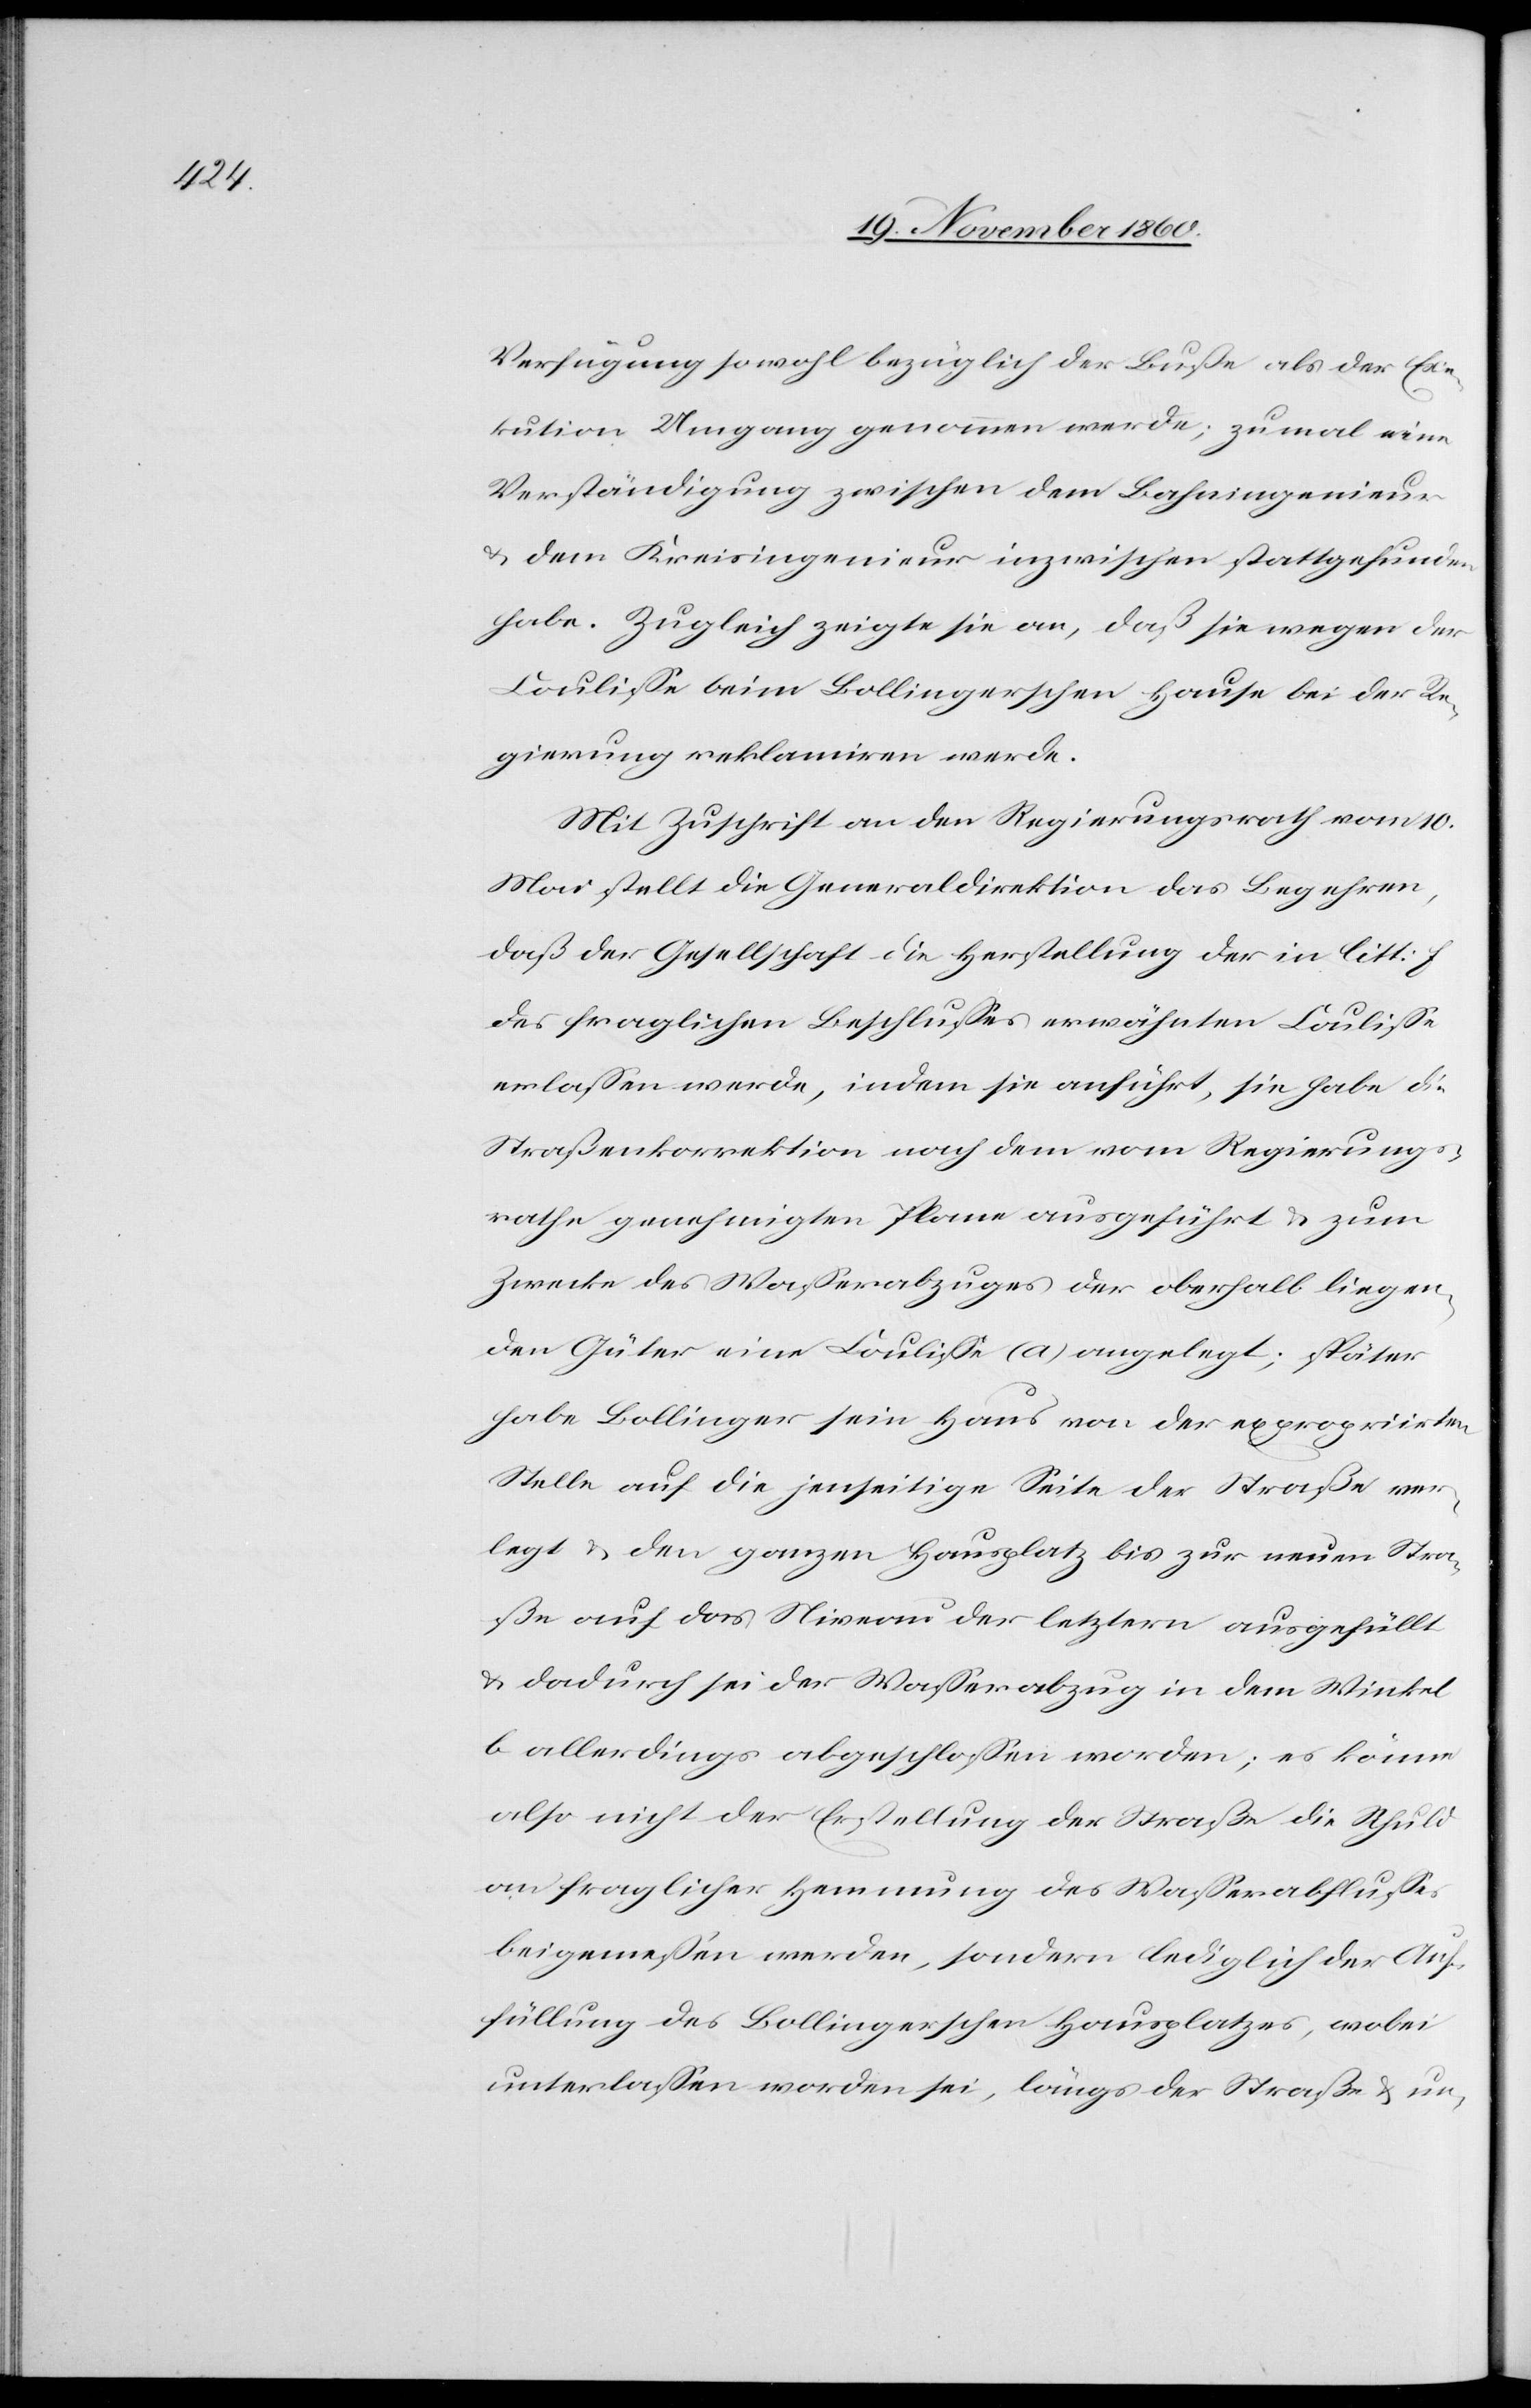
Verfügung sowohl bezüglich der Buße als der Exe¬
kution Umgang genommen werde, zumal eine
Verständigung zuwischen dem Bahningenieur
u. dem Kreisingenieur inzwischen stattgefunden
habe. Zugleich zeigte sie an, daß sie wegen der
Coulisse beim Bollingerschen Hause bei der Re¬
gierung reklamiren werde.
Mit Zuschrift an den Regierungsrath vom 10.
Mai stellt die Generaldirektion das Begehren,
daß der Gesellschaft die Herstellung der in Litt. f
des fraglichen Beschlusses erwähnten Coulisse
erlassen werde, indem sie anführt, sie habe die
Straßenkorrektion nach dem vom Regierungs¬
rathe genehmigten Plane ausgeführt u. zum
Zwecke des Wasserabzuges der oberhalb liegen¬
den Güter eine Coulisse (a) angelegt; später
habe Bollinger sein Haus von der expropriirten
Stelle auf die jenseitige Seite der Straße ver¬
legt u. den ganzen Hausplatz bis zur neuen Stra¬
ße auf das Niveau der letztern aufgefüllt
u. dadurch sei der Wasserabzug in dem Winkel
b. allerdings abgeschlossen worden; es könne
also nicht der Erstellung der Straße die Schuld
an fraglicher Hemmung des Wasserabflusses
beigemessen werden, sondern lediglich der Auf¬
füllung des Bollingerschen Hausplatzes, wobei
unterlassen worden sei, längs der Straße u. un-